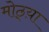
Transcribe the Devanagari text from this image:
मोठ्य़ा